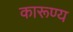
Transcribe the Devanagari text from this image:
कारूण्य